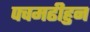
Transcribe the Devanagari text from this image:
पचमढीहुन